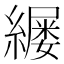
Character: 𫄄